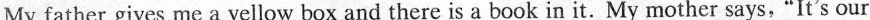
My father gives me a yellow box and there is a book in it. My mother says,"It's our